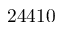
2 4 4 1 0